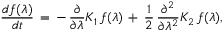
\frac { d f ( \lambda ) } { d t } \, = \, - \, \frac { \partial } { \partial \lambda } K _ { 1 } \, f ( \lambda ) \, + \, \frac { 1 } { 2 } \, \frac { \partial ^ { 2 } } { \partial \lambda ^ { 2 } } K _ { 2 } \, f ( \lambda ) ,